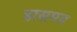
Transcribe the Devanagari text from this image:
त्रासमय